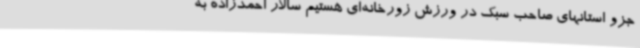
جزو استانهای صاحب سبک در ورزش زورخانه‌ای هستیم سالار احمدزاده به